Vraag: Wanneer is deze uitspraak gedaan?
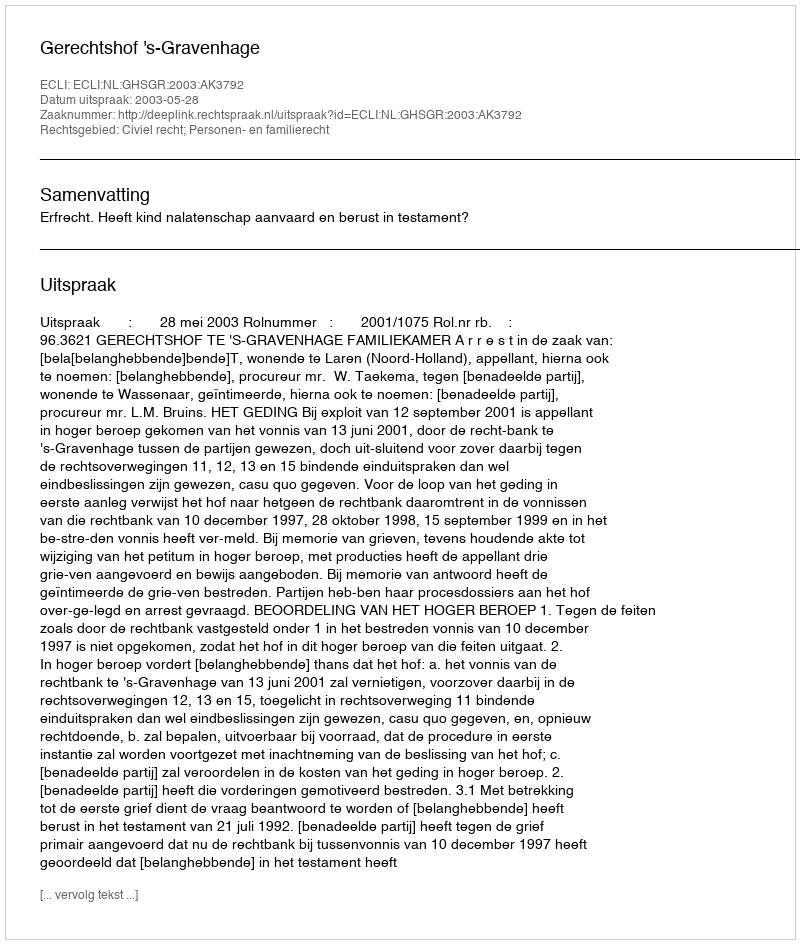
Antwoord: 2003-05-28